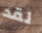
لقد